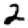
Digit: 2